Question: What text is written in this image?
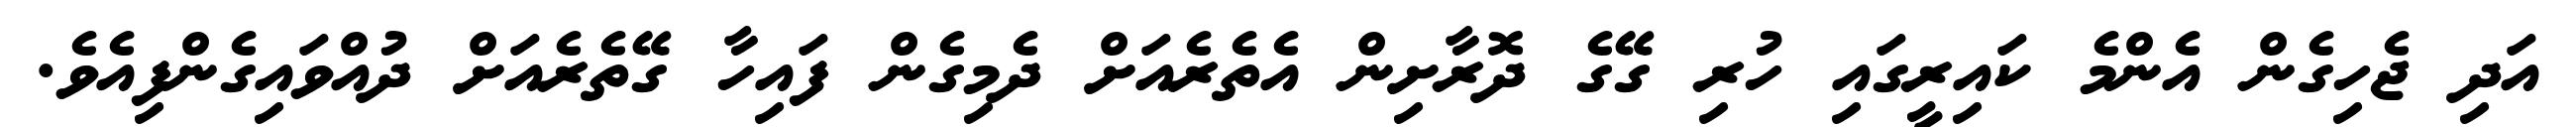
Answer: އަދި ޖެހިގެން އެންމެ ކައިރީގައި ހުރި ގޭގެ ދޮރާށިން އެތެރެއަށް ދެމިގެން ފައިހާ ގޭތެރެއަށް ދުއްވައިގެންފިއެވެ.